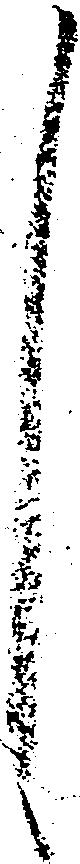
々